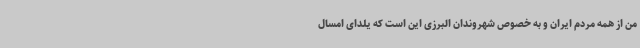
من از همه مردم ایران و به خصوص شهروندان البرزی این است که یلدای امسال